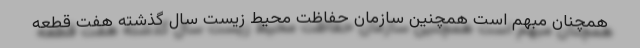
همچنان مبهم است همچنین سازمان‌ حفاظت محیط زیست سال گذشته هفت قطعه